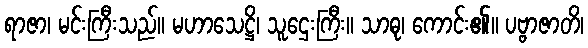
ရာဇာ၊ မင်းကြီးသည်။ မဟာသေဋ္ဌိ၊ သူဌေးကြီး။ သာဓု၊ ကောင်း၏။ ပဗ္ဗာဇာတိ၊